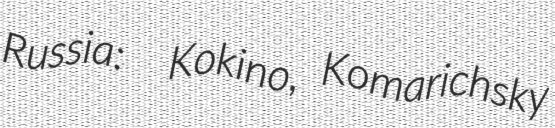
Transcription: Russia:  Kokino, Komarichsky